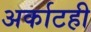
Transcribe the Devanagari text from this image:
अर्काटही